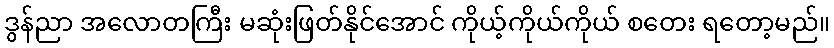
ဒွန်ညာ အလောတကြီး မဆုံးဖြတ်နိုင်အောင် ကိုယ့်ကိုယ်ကိုယ် စတေး ရတော့မည်။